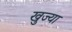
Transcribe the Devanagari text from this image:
खुज्या